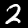
Digit: 2